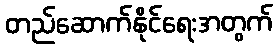
တည်ဆောက်နိုင်ရေးအတွက်